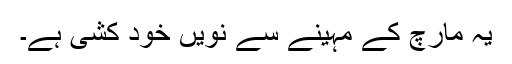
یہ مارچ کے مہینے سے نویں خود کشی ہے۔